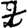
Digit: 7